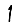
Digit: 1